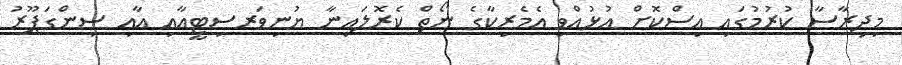
މިދިރާސާ ކުރުމުގައި އިސްކޮށް އުޅުއްވި އެމެރިކާގެ ނޯތް ކެރޮލައިނާ ޔުނިވަރސިޓީއާއި އާއި ސިންގަޕޫރު